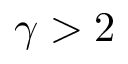
\gamma > 2